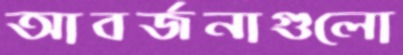
আবর্জনাগুলো